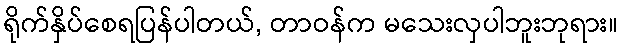
ရိုက်နှိပ်စေရပြန်ပါတယ်, တာဝန်က မသေးလှပါဘူးဘုရား။